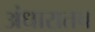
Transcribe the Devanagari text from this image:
अंधारातच